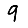
Digit: 9